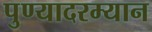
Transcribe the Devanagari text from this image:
पुण्यादरम्यान